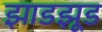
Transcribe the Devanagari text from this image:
झाडझूड